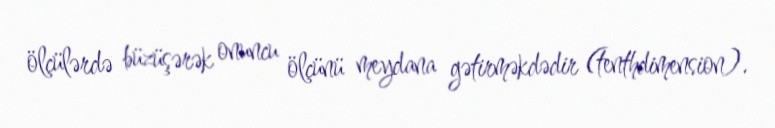
ölçülərdə büzüşərək onuncu ölçünü meydana gətirməkdədir (tenthdimension).